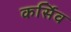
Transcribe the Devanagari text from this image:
कर्सिव